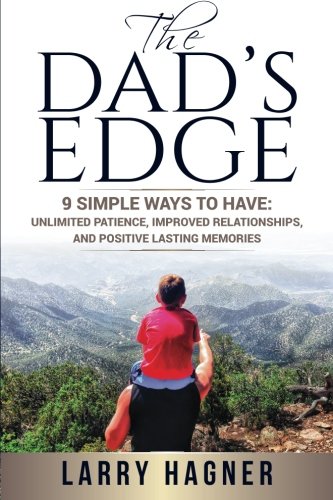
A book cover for The Dad's Edge: 9 Simple Ways to Have: Unlimited Patience, Improved Relationships, and Positive Lasting Memories; Larry Hagner; Parenting & Relationships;